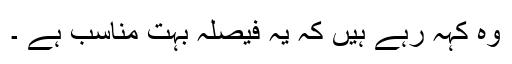
وہ کہہ رہے ہیں کہ یہ فیصلہ بہت مناسب ہے ۔